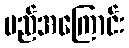
မည်အကြောင်း